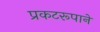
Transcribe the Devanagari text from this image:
प्रकटरूपाने